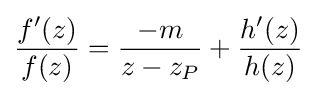
{f'(z) \over f(z)}={-m \over z-z_{P}}+{h'(z) \over h(z)}